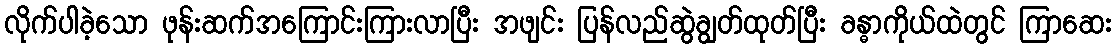
လိုက်ပါခဲ့သော ဖုန်းဆက်အကြောင်းကြားလာပြီး အဖျင်း ပြန်လည်ဆွဲချွတ်ထုတ်ပြီး ခန္ဓာကိုယ်ထဲတွင် ကြာဆေး